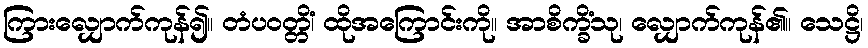
ကြားလျှောက်ကုန်၍။ တံပဝတ္တိံ၊ ထိုအကြောင်းကို။ အာစိက္ခိံသု၊ လျှောက်ကုန်၏။ သေဋ္ဌိ၊